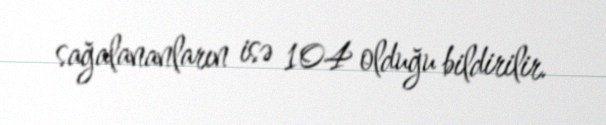
sağalananların isə 104 olduğu bildirilir.